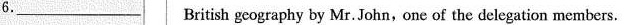
6.___British geography by Mr. John, one of the delegation members.